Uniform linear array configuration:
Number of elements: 16
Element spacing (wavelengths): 0.5
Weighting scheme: blackman
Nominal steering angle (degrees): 0
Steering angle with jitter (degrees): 0.526
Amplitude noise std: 0.05
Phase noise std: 0.05

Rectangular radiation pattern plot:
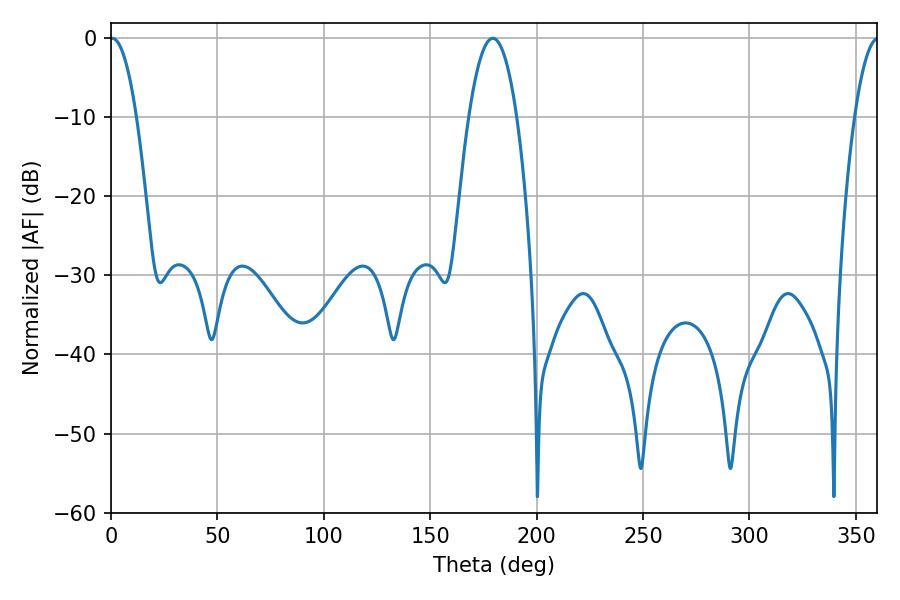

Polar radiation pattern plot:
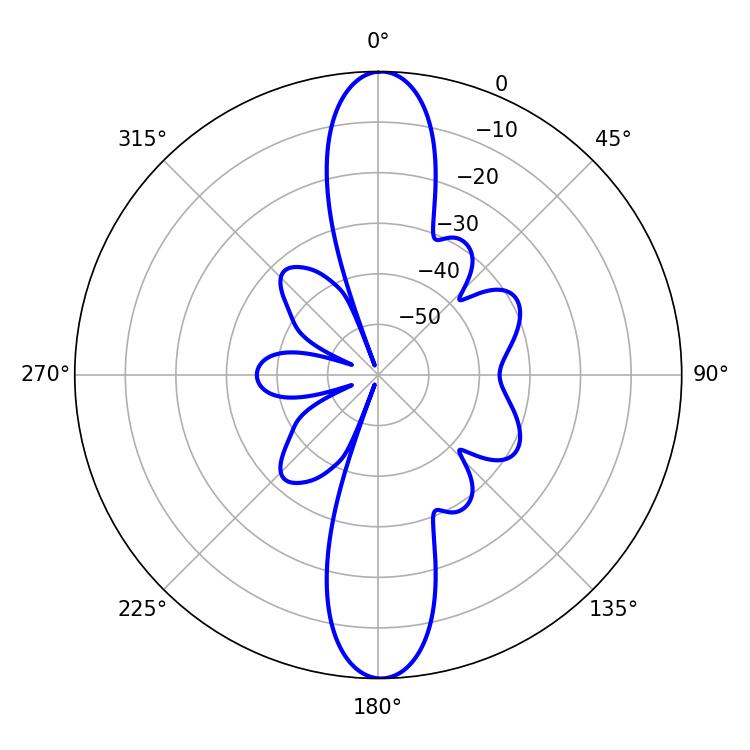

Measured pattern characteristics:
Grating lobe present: FALSE
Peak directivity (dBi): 25.061
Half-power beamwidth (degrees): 6.84
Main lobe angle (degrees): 0.54